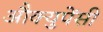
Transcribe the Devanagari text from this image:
औक्युपेंसी